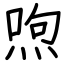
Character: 喣